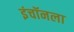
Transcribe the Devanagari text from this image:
इंचॉनला